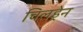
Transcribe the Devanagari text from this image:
चिलड्रेन